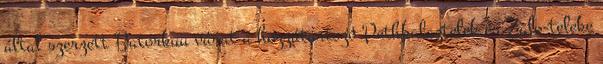
által szerzett Batorkuu várat a hozzátartozó Pethkalaztelek és Zalo-teleke